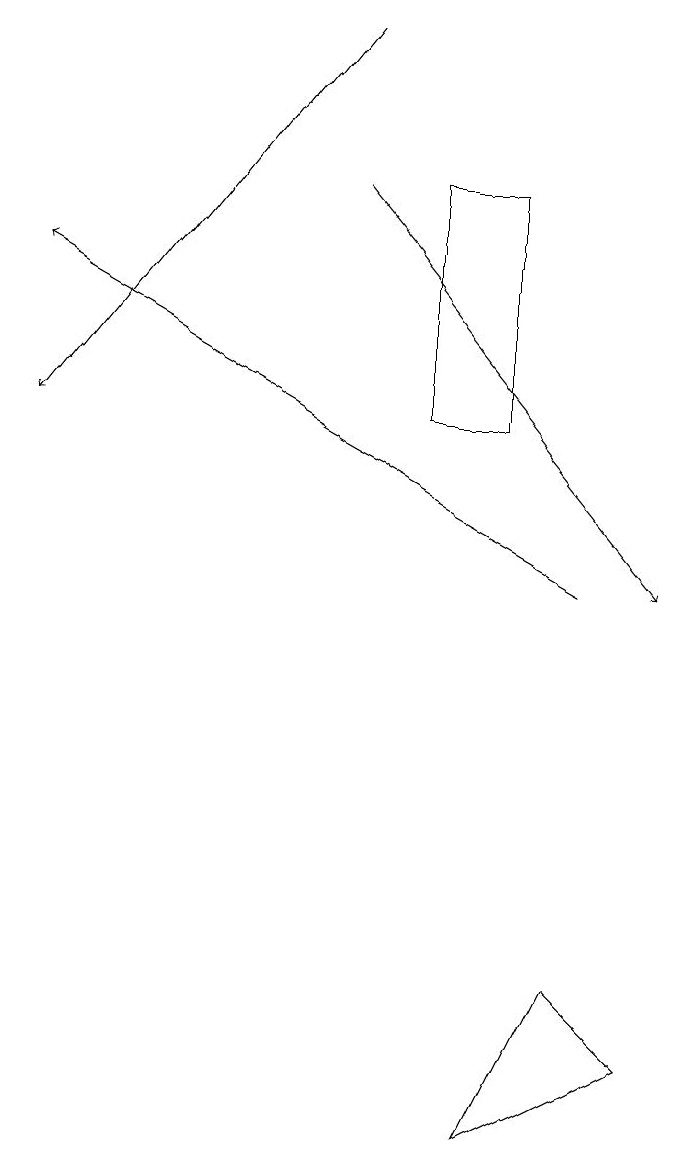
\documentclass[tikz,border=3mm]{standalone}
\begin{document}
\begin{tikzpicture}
\draw (7,3) -- (9,4) -- (8,5) -- cycle;
\draw[->] (5,17) -- (1,12);
\draw[->] (5,15) -- (9,10);
\draw (6,15) rectangle (7,12);
\draw[->] (8,10) -- (1,14);
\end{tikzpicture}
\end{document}